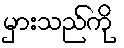
မှားသည်ကို